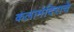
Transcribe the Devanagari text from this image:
कलामंदिराचे